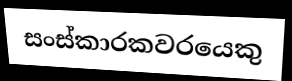
සංස්කාරකවරයෙකු